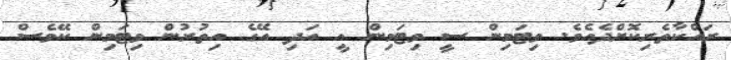
ރައްކާތެރިކޮށްދެއެވެ. ވިޓަމިން ސީ ވިޓަމިން އީ އަދި އޭގެ އިތުރުން ވިޓަމިން ކޭވެސް